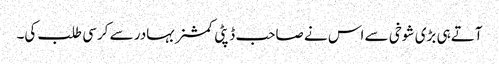
آتے ہی بڑی شوخی سے اس نے صاحب ڈپٹی کمشنر بہادر سے کرسی طلب کی۔